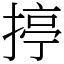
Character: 揨